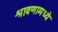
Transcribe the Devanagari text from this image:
श्रावणामध्ये